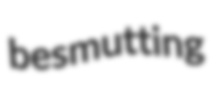
besmutting